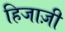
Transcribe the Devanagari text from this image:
हिजाज़ी